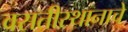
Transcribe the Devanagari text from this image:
वसतीस्थानाचे